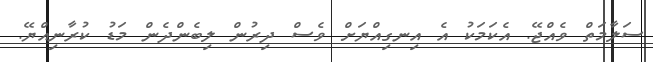
ސަލާމަތް ވެއްޖޭ. އެކަމަކު އެ އިނގިއްޔަށް ވެސް ދިރުން ލިބެންދެން މަޑު ކުރާނިއްޔޭ.